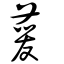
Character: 萲